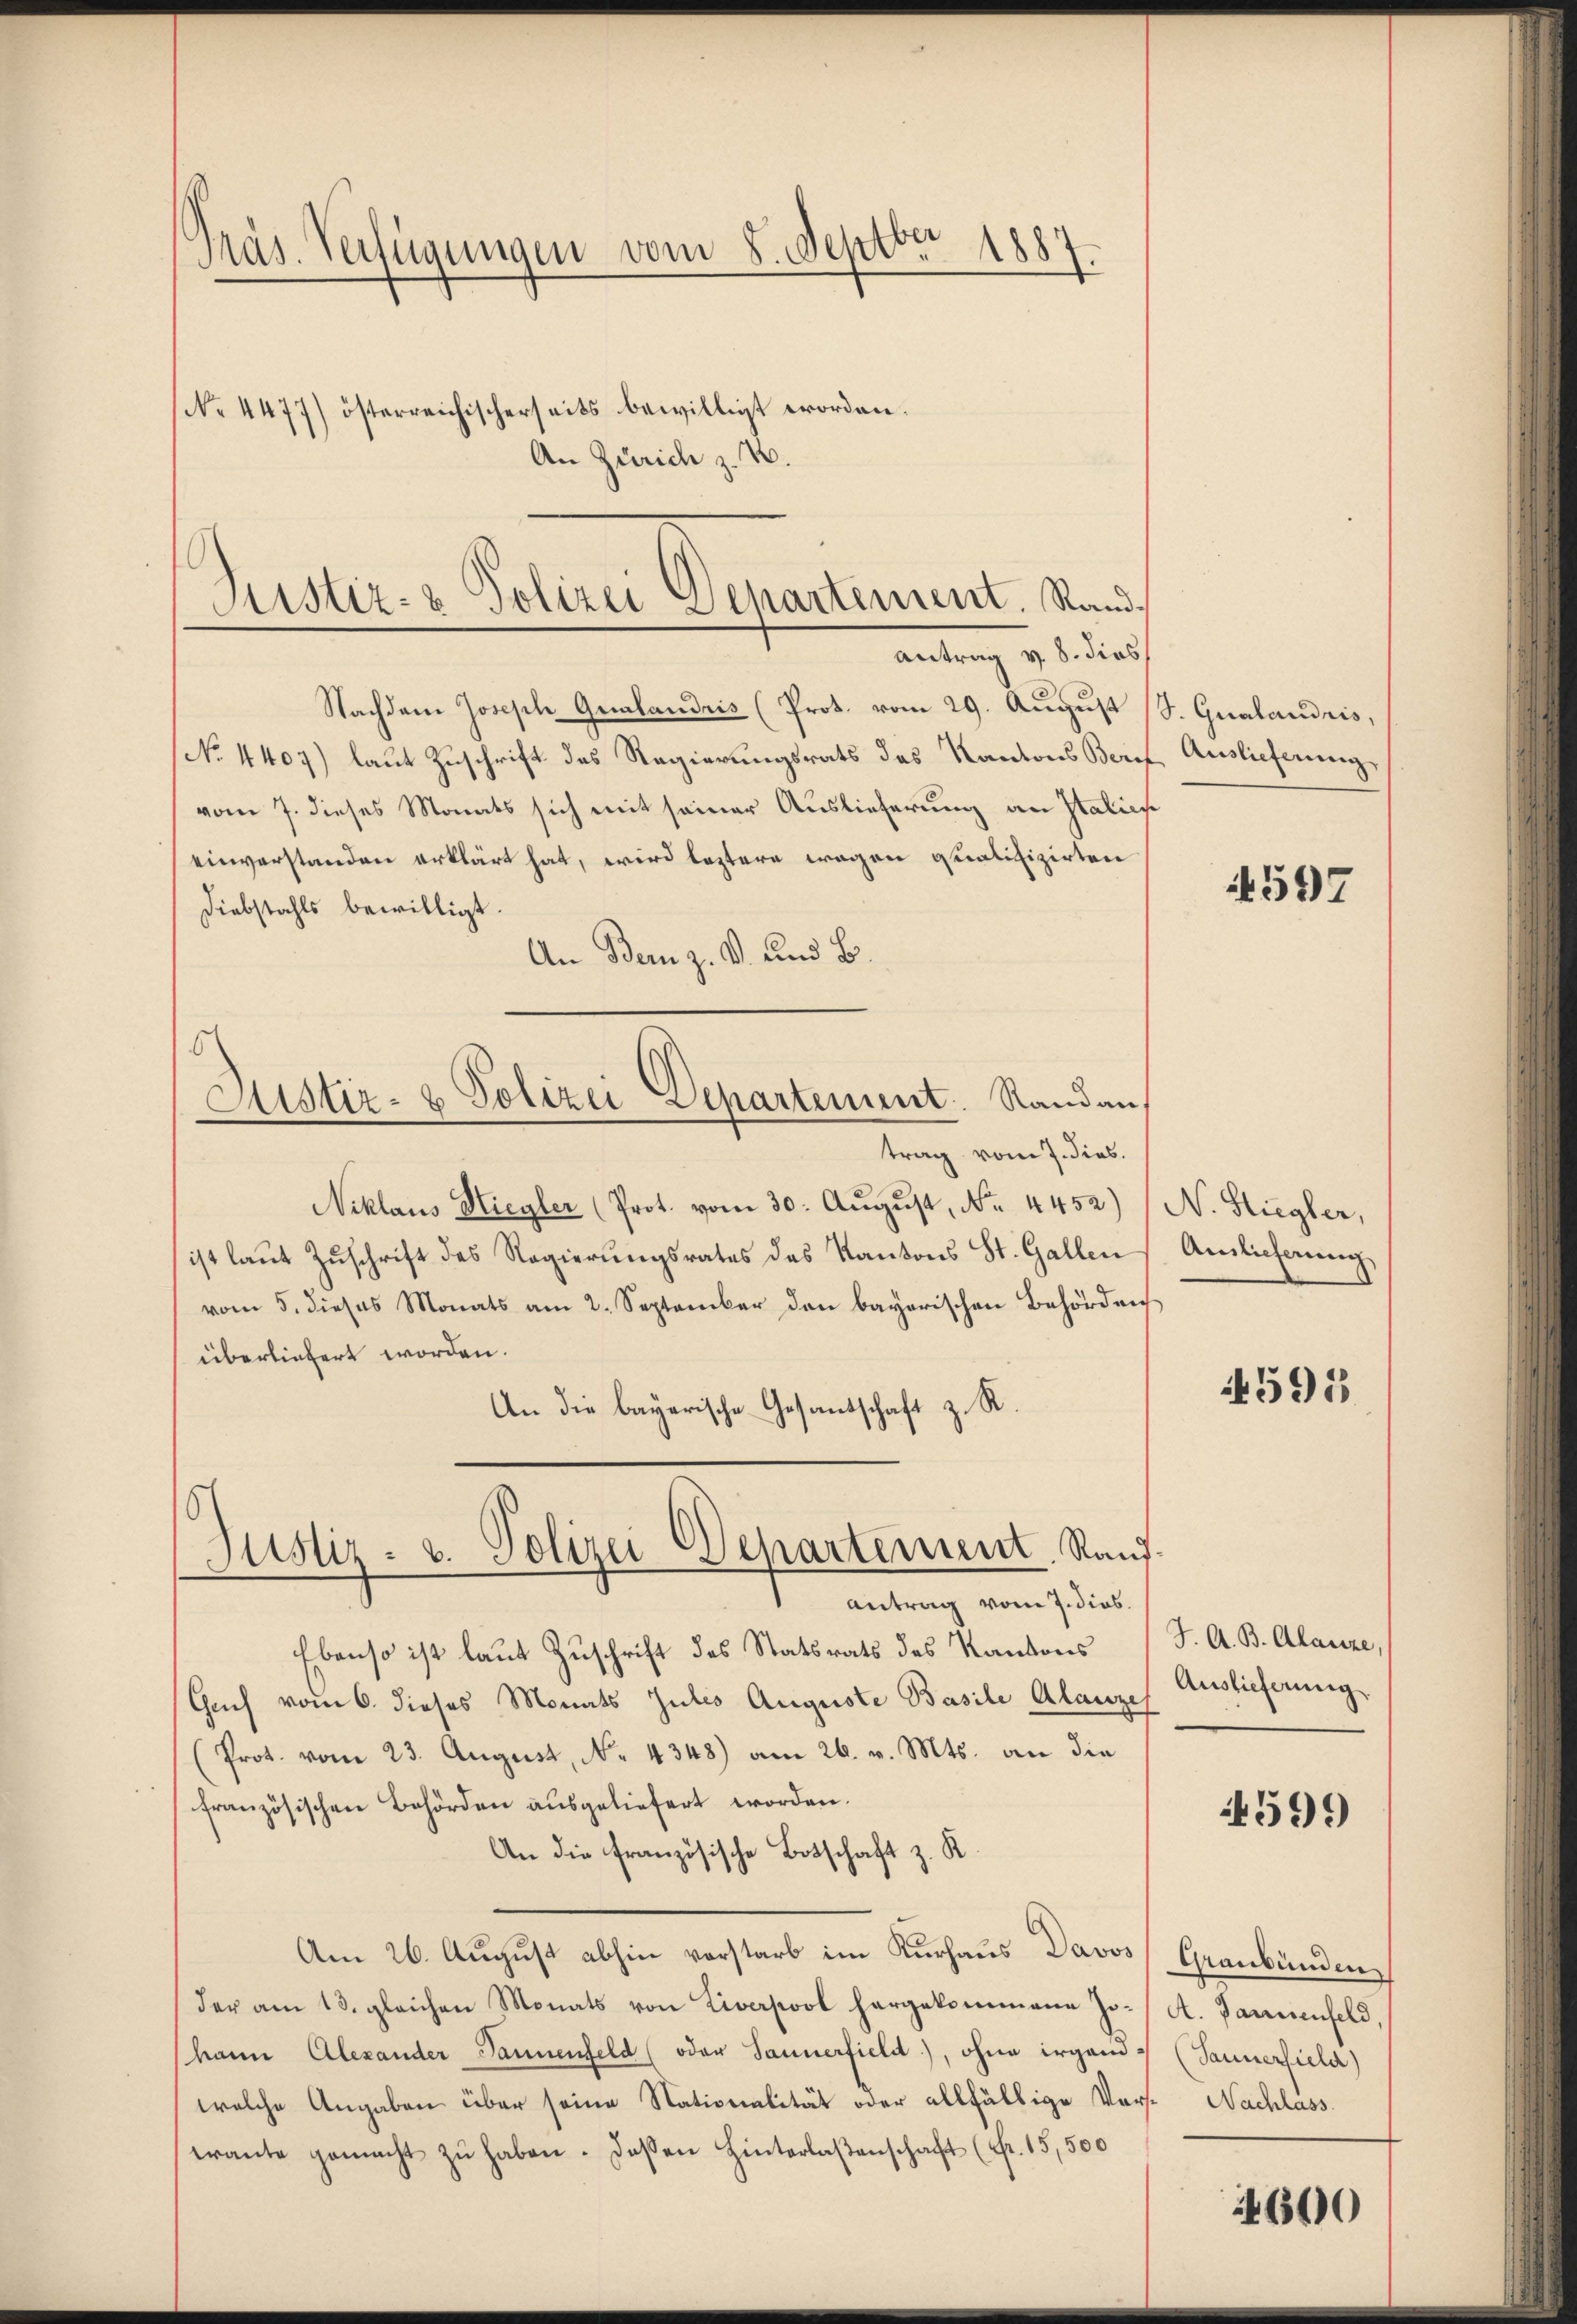
Präs. Verfügungen vom 8. Septbr 1887.
No. 4477) österreichischerseits bewilligt worden.

Justiz- & Polizei Departement. Stand,
Antrag v. 8. dies

An Zürich z. B.

Nachdem Joseph Gralandris (Prot. vom 29. August (S. Gualandris,
No. 4407) laut Zuschrift des Regierungsrats des Kantons Beruf Auslieferung
vom 7. dieses Monats sich mit seiner Auslieferung an Italien
einverstanden erklärt hat, wird leztere wegen qualifizirten
Diebstahls bewilligt.
An Bern z. B. und B
trag vom 7. dies.
Niklaus Hiegler (Prot. vom 30. August, No. 4452)
ist laut Zuschrift des Regierungsrates des Kantons St. Gallen
vom 5. dieses Monats am 2. September den bayerischen Behörden
überliefert worden.
An die bayerische Gesantschaft z. R.
5
Justiz- u. Polizei Departement. Kauf.
Antrag vom 7. dies.
Ebenso ist laut Zuschrift des Statsrats des Kantons
Guch vom 6. dieses Monats Julis Auguste Basile Alanze
(Prot. vom 23. August, No. 4348) am 26. v. Mts. an die
französischen Behörden ausgeliefert worden.
An die französische Botschaft z. R.
Am 26. August abhin vorstarb im Kurhaus Davos
der am 13. gleichen Monats von Liverpool hergekommann Johann Alexander Tannenfeld (oder Saunerfielt), ohne irgend :/ (Saunerfield)
welche Angaben über seine Nationalität oder allfällige Vor- Nachlass
trante gemacht zŭ haben. Deßen Hinterlaßenschaft (Fr. 15,500

Justiz- & Polizei Departement. Stand an,

8

597

N. Stiegler,
Anlicherung,

1595

J. A. B. Alanze,
Auslieferung

599

Graubünden
A. Jannenfeld,

600